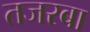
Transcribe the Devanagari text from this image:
तजरबा